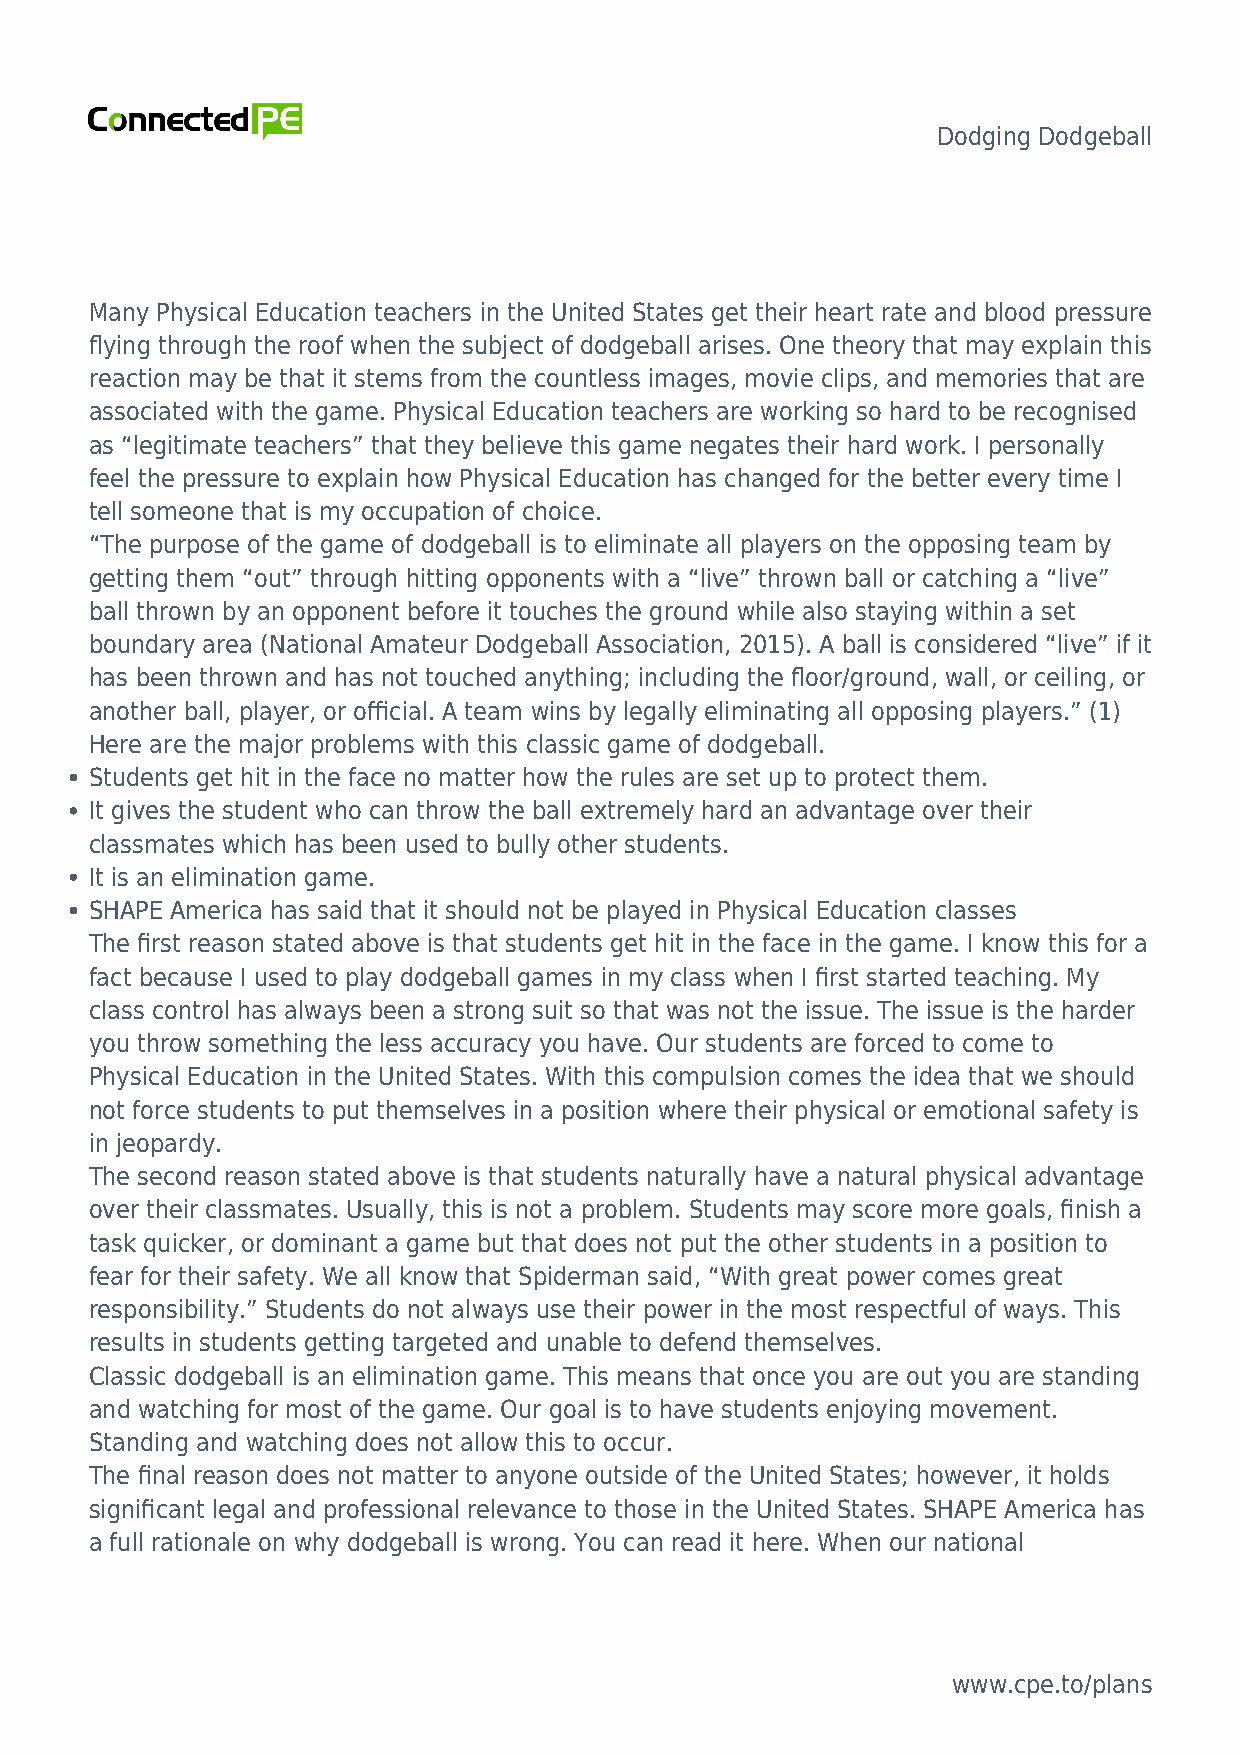
Dodging Dodgeball
 Many Physical Education teachers in the United States get their heart rate and blood pressure
 flying through the roof when the subject of dodgeball arises. One theory that may explain this
 reaction may be that it stems from the countless images, movie clips, and memories that are
 associated with the game. Physical Education teachers are working so hard to be recognised
 as “legitimate teachers” that they believe this game negates their hard work. I personally
 feel the pressure to explain how Physical Education has changed for the better every time I
 tell someone that is my occupation of choice.
 “The purpose of the game of dodgeball is to eliminate all players on the opposing team by
 getting them “out” through hitting opponents with a “live” thrown ball or catching a “live”
 ball thrown by an opponent before it touches the ground while also staying within a set
 boundary area (National Amateur Dodgeball Association, 2015). A ball is considered “live” if it
 has been thrown and has not touched anything; including the floor/ground, wall, or ceiling, or
 another ball, player, or official. A team wins by legally eliminating all opposing players.” (1)
 Here are the major problems with this classic game of dodgeball.
 Students get hit in the face no matter how the rules are set up to protect them.
 It gives the student who can throw the ball extremely hard an advantage over their
 classmates which has been used to bully other students.
 It is an elimination game.
 SHAPE America has said that it should not be played in Physical Education classes
 The first reason stated above is that students get hit in the face in the game. I know this for a
 fact because I used to play dodgeball games in my class when I first started teaching. My
 class control has always been a strong suit so that was not the issue. The issue is the harder
 you throw something the less accuracy you have. Our students are forced to come to
 Physical Education in the United States. With this compulsion comes the idea that we should
 not force students to put themselves in a position where their physical or emotional safety is
 in jeopardy.
 The second reason stated above is that students naturally have a natural physical advantage
 over their classmates. Usually, this is not a problem. Students may score more goals, finish a
 task quicker, or dominant a game but that does not put the other students in a position to
 fear for their safety. We all know that Spiderman said, “With great power comes great
 responsibility.” Students do not always use their power in the most respectful of ways. This
 results in students getting targeted and unable to defend themselves.
 Classic dodgeball is an elimination game. This means that once you are out you are standing
 and watching for most of the game. Our goal is to have students enjoying movement.
 Standing and watching does not allow this to occur.
 The final reason does not matter to anyone outside of the United States; however, it holds
 significant legal and professional relevance to those in the United States. SHAPE America has
 a full rationale on why dodgeball is wrong. You can read it here. When our national
 www.cpe.to/plans